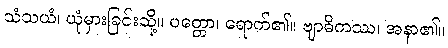
သံသယံ၊ ယုံမှားခြင်းသို့။ ပတ္တော၊ ရောက်၏။ ဗျာဓိကဿ၊ အနာ၏။